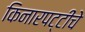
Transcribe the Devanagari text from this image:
किनारपट्टींचे